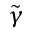
\tilde { \gamma }